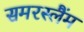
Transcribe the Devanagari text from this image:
समरस्लैंम